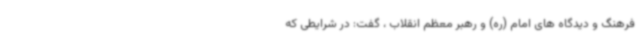
فرهنگ و دیدگاه های امام (ره) و رهبر معظم انقلاب ، گفت: در شرایطی که